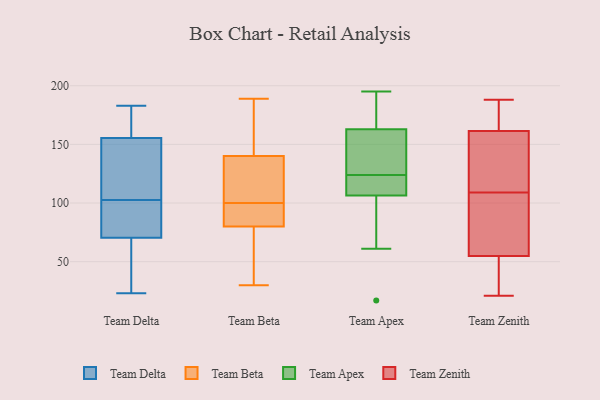
{"axis": {"x": "Website Visitors", "y": "Value"}, "legend": ["Team Apex", "Team Beta", "Team Delta", "Team Zenith"], "data": [{"x": "", "y": 72, "type": "Team Delta"}, {"x": "", "y": 92, "type": "Team Delta"}, {"x": "", "y": 175, "type": "Team Delta"}, {"x": "", "y": 74, "type": "Team Delta"}, {"x": "", "y": 23, "type": "Team Delta"}, {"x": "", "y": 101, "type": "Team Delta"}, {"x": "", "y": 42, "type": "Team Delta"}, {"x": "", "y": 69, "type": "Team Delta"}, {"x": "", "y": 45, "type": "Team Delta"}, {"x": "", "y": 149, "type": "Team Delta"}, {"x": "", "y": 123, "type": "Team Delta"}, {"x": "", "y": 162, "type": "Team Delta"}, {"x": "", "y": 183, "type": "Team Delta"}, {"x": "", "y": 174, "type": "Team Delta"}, {"x": "", "y": 104, "type": "Team Delta"}, {"x": "", "y": 126, "type": "Team Delta"}, {"x": "", "y": 83, "type": "Team Beta"}, {"x": "", "y": 131, "type": "Team Beta"}, {"x": "", "y": 143, "type": "Team Beta"}, {"x": "", "y": 103, "type": "Team Beta"}, {"x": "", "y": 30, "type": "Team Beta"}, {"x": "", "y": 79, "type": "Team Beta"}, {"x": "", "y": 100, "type": "Team Beta"}, {"x": "", "y": 95, "type": "Team Beta"}, {"x": "", "y": 189, "type": "Team Beta"}, {"x": "", "y": 186, "type": "Team Beta"}, {"x": "", "y": 44, "type": "Team Beta"}, {"x": "", "y": 17, "type": "Team Apex"}, {"x": "", "y": 134, "type": "Team Apex"}, {"x": "", "y": 181, "type": "Team Apex"}, {"x": "", "y": 114, "type": "Team Apex"}, {"x": "", "y": 174, "type": "Team Apex"}, {"x": "", "y": 65, "type": "Team Apex"}, {"x": "", "y": 164, "type": "Team Apex"}, {"x": "", "y": 61, "type": "Team Apex"}, {"x": "", "y": 182, "type": "Team Apex"}, {"x": "", "y": 115, "type": "Team Apex"}, {"x": "", "y": 162, "type": "Team Apex"}, {"x": "", "y": 124, "type": "Team Apex"}, {"x": "", "y": 137, "type": "Team Apex"}, {"x": "", "y": 101, "type": "Team Apex"}, {"x": "", "y": 195, "type": "Team Apex"}, {"x": "", "y": 121, "type": "Team Apex"}, {"x": "", "y": 112, "type": "Team Apex"}, {"x": "", "y": 124, "type": "Team Apex"}, {"x": "", "y": 96, "type": "Team Apex"}, {"x": "", "y": 144, "type": "Team Apex"}, {"x": "", "y": 35, "type": "Team Zenith"}, {"x": "", "y": 72, "type": "Team Zenith"}, {"x": "", "y": 166, "type": "Team Zenith"}, {"x": "", "y": 21, "type": "Team Zenith"}, {"x": "", "y": 188, "type": "Team Zenith"}, {"x": "", "y": 116, "type": "Team Zenith"}, {"x": "", "y": 179, "type": "Team Zenith"}, {"x": "", "y": 82, "type": "Team Zenith"}, {"x": "", "y": 109, "type": "Team Zenith"}, {"x": "", "y": 49, "type": "Team Zenith"}, {"x": "", "y": 148, "type": "Team Zenith"}]}